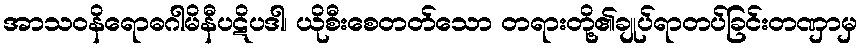
အာသဝနိရောဓဂါမိနီပဋိပဒါ၊ ယိုစီးစေတတ်သော တရားတို့၏ချုပ်ရာတပ်ခြင်းတဏှာမှ